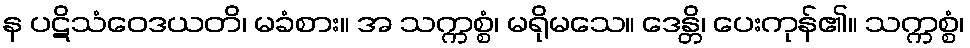
န ပဋိသံဝေဒယတိ၊ မခံစား။ အ သက္ကစ္စံ၊ မရိုမသေ။ ဒေန္တိ၊ ပေးကုန်၏။ သက္ကစ္စံ၊